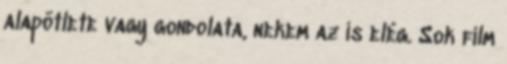
alapötlete vagy gondolata, nekem az is elég. Sok film